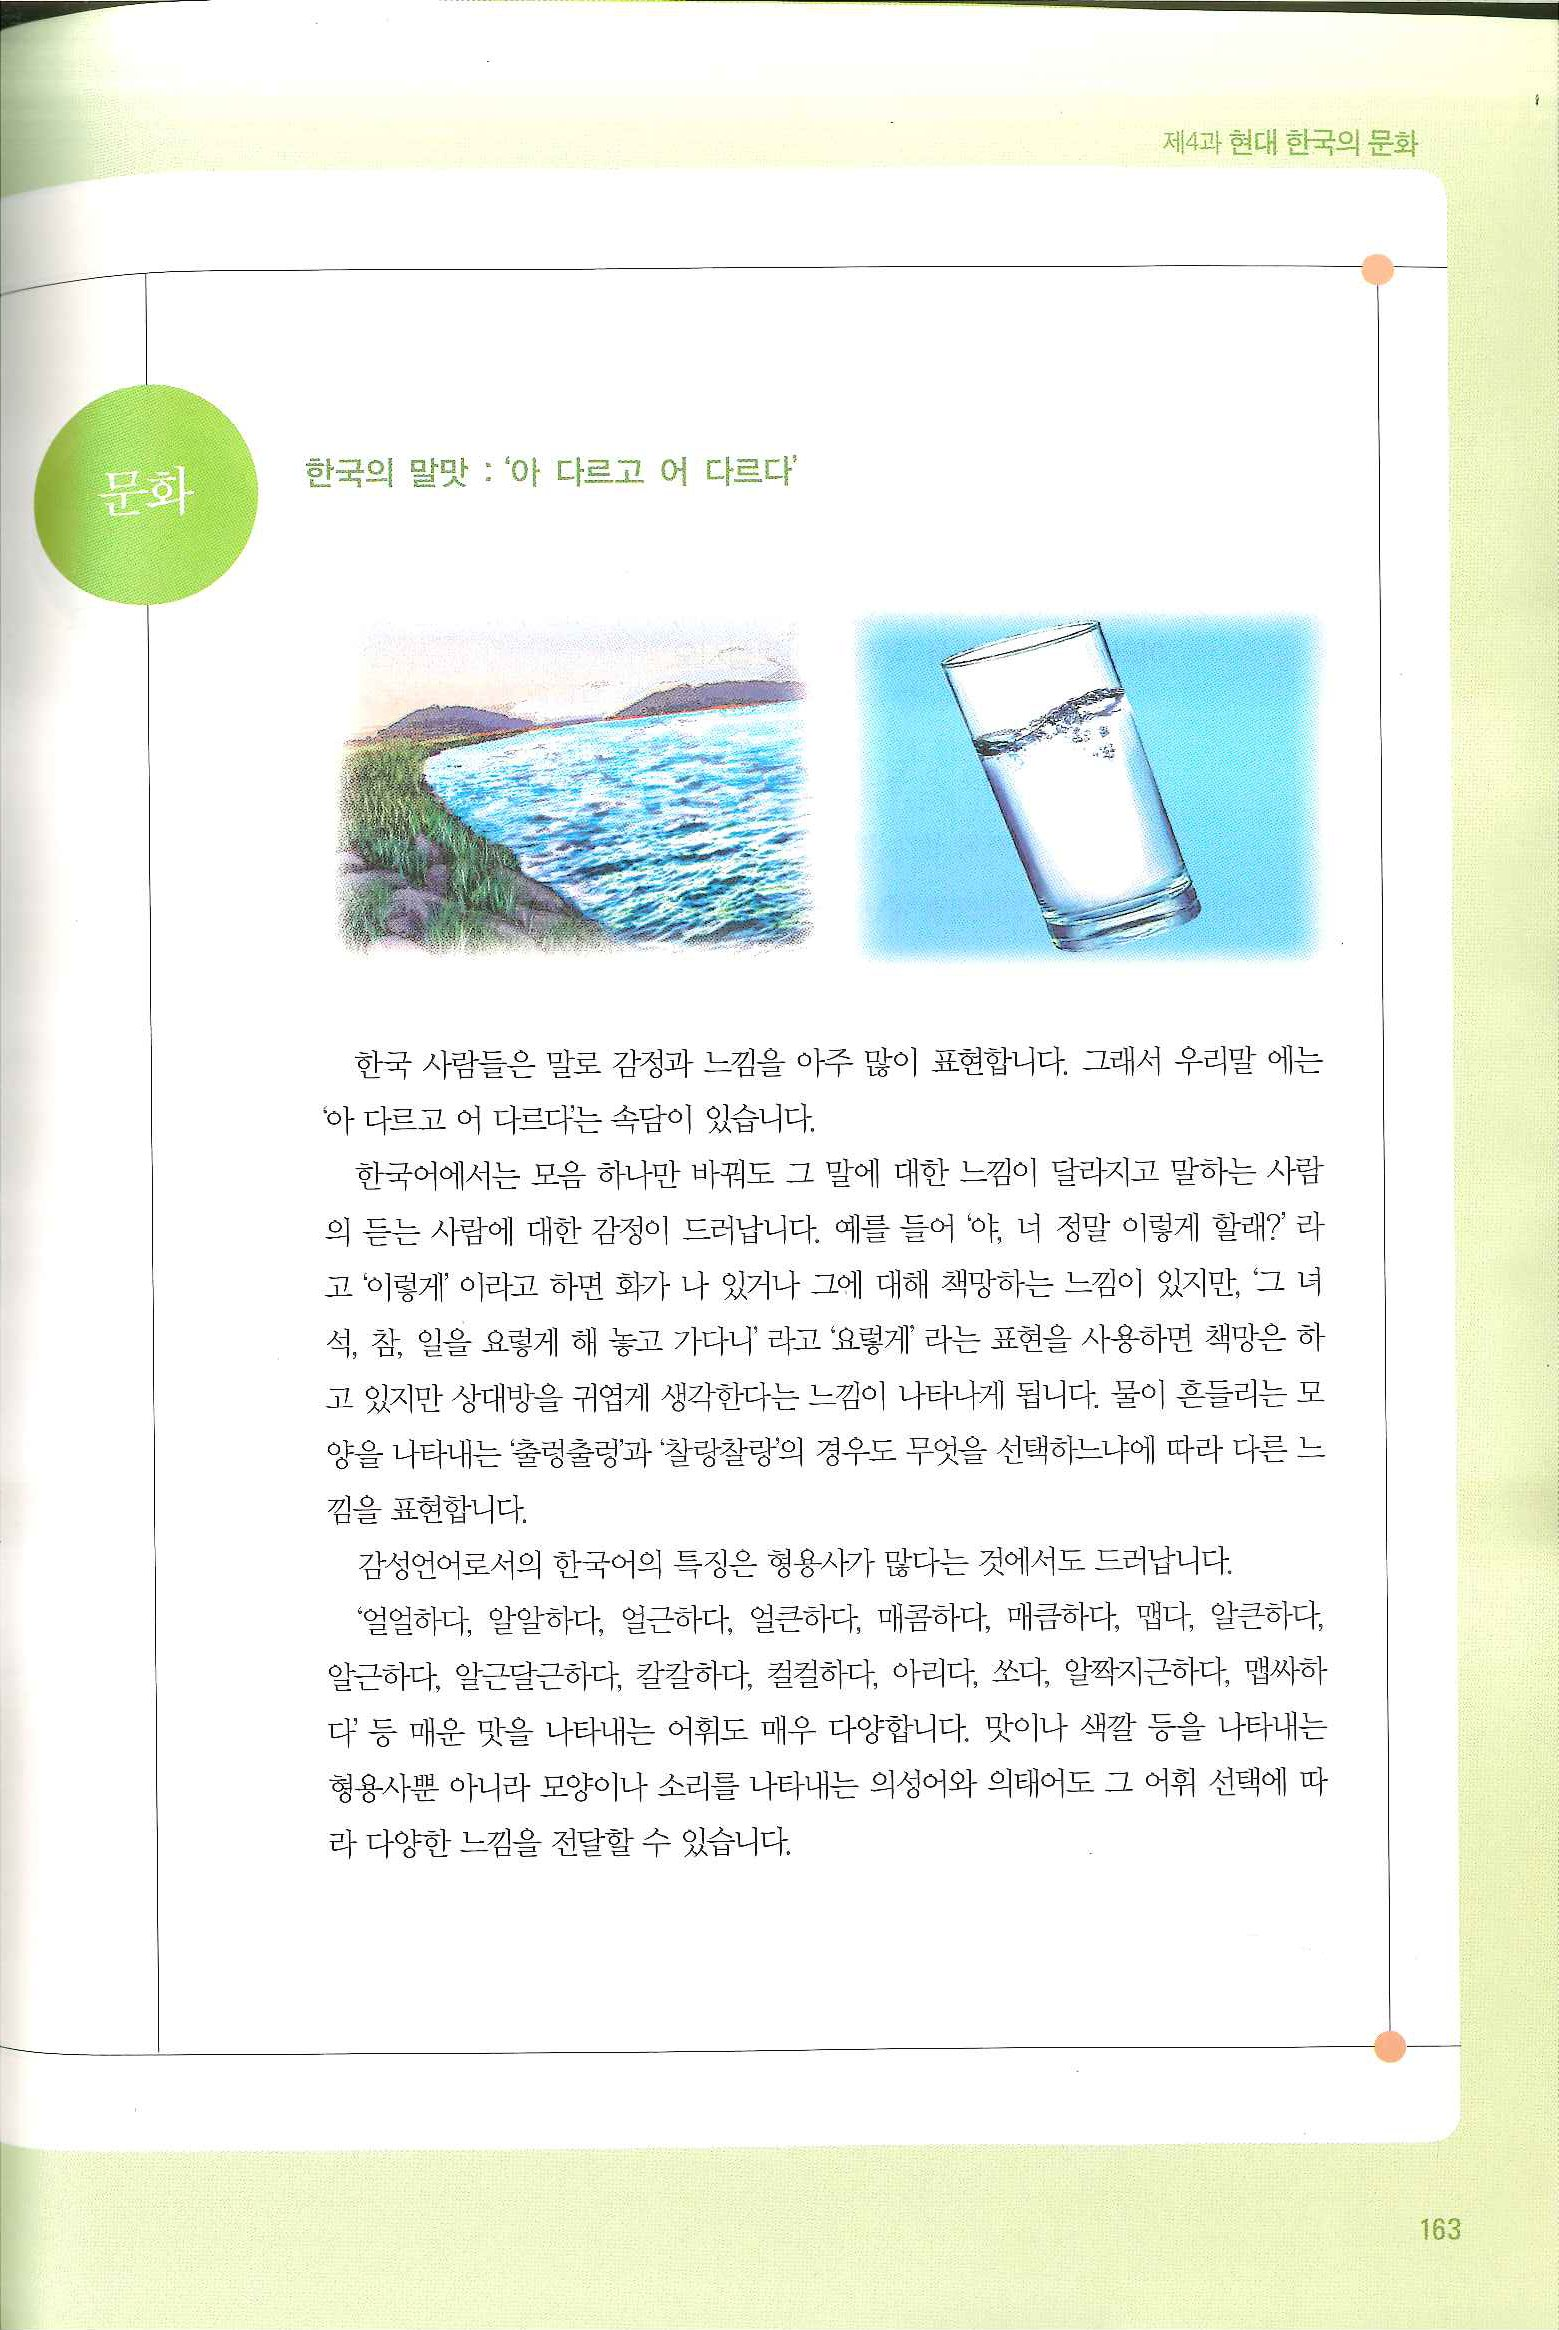
Language: ko